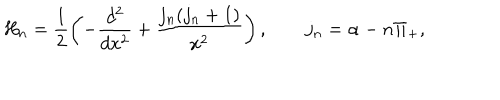
LaTeX: H _ { n } = \frac { 1 } { 2 } \left( - \frac { d ^ { 2 } } { d x ^ { 2 } } + \frac { j _ { n } ( j _ { n } + 1 ) } { x ^ { 2 } } \right) , \qquad j _ { n } = \alpha - n \Pi _ { + } ,